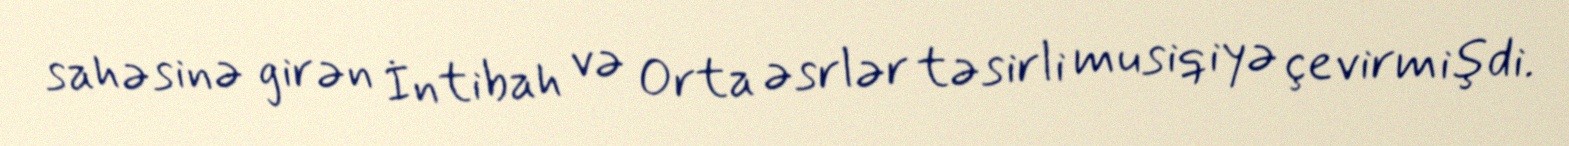
sahəsinə girən İntibah və Orta əsrlər təsirli musiqiyə çevirmişdi.